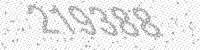
Solution: 219388